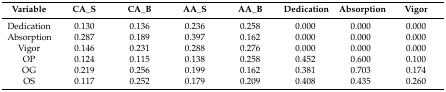
<table><thead><tr><td><b>Variable</b></td><td><b>CA_S</b></td><td><b>CA_B</b></td><td><b>AA_S</b></td><td><b>AA_B</b></td><td><b>Dedication</b></td><td><b>Absorption</b></td><td><b>Vigor</b></td></tr></thead><tbody><tr><td>Dedication</td><td>0.130</td><td>0.136</td><td>0.236</td><td>0.258</td><td>0.000</td><td>0.000</td><td>0.000</td></tr><tr><td>Absorption</td><td>0.287</td><td>0.189</td><td>0.397</td><td>0.162</td><td>0.000</td><td>0.000</td><td>0.000</td></tr><tr><td>Vigor</td><td>0.146</td><td>0.231</td><td>0.288</td><td>0.276</td><td>0.000</td><td>0.000</td><td>0.000</td></tr><tr><td>OP</td><td>0.124</td><td>0.115</td><td>0.138</td><td>0.258</td><td>0.452</td><td>0.600</td><td>0.100</td></tr><tr><td>OG</td><td>0.219</td><td>0.256</td><td>0.199</td><td>0.162</td><td>0.381</td><td>0.703</td><td>0.174</td></tr><tr><td>OS</td><td>0.117</td><td>0.252</td><td>0.179</td><td>0.209</td><td>0.408</td><td>0.435</td><td>0.260</td></tr></tbody></table>